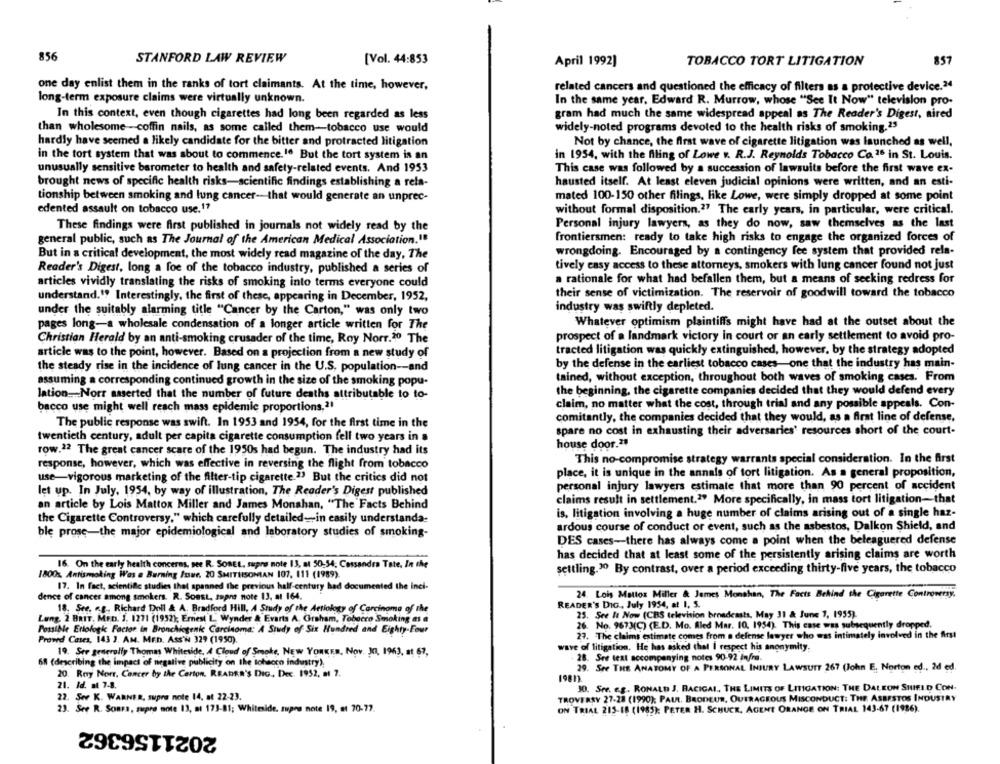
856
STANFORD LAW REVIEW
[Vol. 44:853
April 1992)
TOBACCO TORT LITIGATION
857
one day enlist them in the ranks of tort claimants. At the time, however,
related cancers and questioned the efficacy of filters as a protective device.24
long-term exposure claims were virtually unknown.
In the same year, Edward R. Murrow, whose "See It Now" television pro-
In this context, even though cigarettes had long been regarded as less
gram had much the same widespread appeal as The Reader's Digest, aired
than wholesome -coffin nails, as some called them-tobacco use would
widely-noted programs devoted to the health risks of smoking.23
hardly have seemed a likely candidate for the bitter and protracted litigation
Not by chance, the first wave of cigarette litigation was launched as well,
in the tort system that was about to commence.16 But the tort system is an
in 1954, with the filling of Lowe v. R.J. Reynolds Tobacco Co.16 in St. Louis.
unusually sensitive barometer to health and safety-related events. And 1953
This case was followed by a succession of lawsuits before the first wave ex-
brought news of specific health risks-scientific findings establishing a rela-
hausted itself. At least eleven judicial opinions were written, and an esti-
tionship between smoking and lung cancer-that would generate an unprec-
mated 100-150 other filings, like Lowe, were simply dropped at some point
edented assault on tobacco use.1?
without formal disposition.27 The early years, in particular, were critical.
These findings were first published in journals not widely read by the
Personal injury lawyers, as they do now, saw themselves as the last
frontiersmen: ready to take high risks to engage the organized forces of
general public, such as The Journal of the American Medical Association.""
wrongdoing. Encouraged by a contingency fee system that provided rela-
But in a critical development, the most widely read magazine of the day, The
tively easy access to these attorneys, smokers with lung cancer found not just
Reader's Digest, long a foe of the tobacco industry, published a series of
a rationale for what had befallen them, but a means of seeking redress for
articles vividly translating the risks of smoking into terms everyone could
understand." Interestingly, the first of these, appearing in December, 1952,
their sense of victimization. The reservoir of goodwill toward the tobacco
under the suitably alarming title "Cancer by the Carton," was only two
industry was swiftly depleted.
pages long-a wholesale condensation of a longer article written for The
Whatever optimism plaintiffs might have had at the outset about the
prospect of a landmark victory in court or an early settlement to avoid pro-
Christian Herald by an anti-smoking crusader of the time, Roy Norr.20 The
tracted litigation was quickly extinguished, however, by the strategy adopted
article was to the point, however. Based on a projection from a new study of
the steady rise in the incidence of lung cancer in the U.S. population -- and
by the defense in the earliest tobacco cases-one that the industry has main-
assuming a corresponding continued growth in the size of the smoking popu-
tained, without exception, throughout both waves of smoking cases. From
lation ... Norr asserted that the number of future deaths attributable to to-
the beginning, the cigarette companies decided that they would defend every
claim, no matter what the cost, through trial and any possible appeals. Con-
bacco use might well reach mass epidemic proportions,21
comitantly, the companies decided that they would, as a first line of defense.
The public response was swift. In 1953 and 1954, for the first time in the
spare no cost in exhausting their adversaries' resources short of the court-
twentieth century, adult per capita cigarette consumption fell two years in a
house door.21
row.22 The great cancer scare of the 1950s had begun. The industry had its
warrants speci
l consideration. In the first
response, however, which was effective in reversing the flight from tobacco
This no-compromise strategy
use-vigorous marketing of the filter-tip cigarette.23 But the critics did not
place, it is unique in the annals of tort litigation. As a general proposition,
personal injury lawyers estimate that more than 90 percent of accident
let up. In July, 1954, by way of illustration, The Reader's Digest published
an article by Lois Mattox Miller and James Monahan, "The Facts Behind
claims result in settlement.2" More specifically, in mass tort litigation-that
the Cigarette Controversy." which carefully detailed-in easily understanda-
is, litigation involving a huge number of claims arising out of a single haz-
ardous course of conduct or event, such as the asbestos, Dalkon Shield, and
ble prosc-the major epidemiological and laboratory studies of smoking-
DES cases-there has always come a point when the beleaguered defense
has decided that at least some of the persistently arising claims are worth
16. On the early health concerns, see R. SOBEL, supro note 13, at 50-34; Cassandra Tate. In the
settling.30 By contrast, over a period exceeding thirty-five years, the tobacco
1800s. Antismoking Was a Burning /tue, 20 SMITHSONIAN 107, 111 (1989).
17. In fact, scientific studies thet spanned the previous half-century had documented the inci-
dence of cancer among smokers. R. Sonst, supne note 13, at 164.
24. Lois Mattos Miller & James Monshan, The Facts Behind the Cigarette Controversy.
READER'S DIG ., July 1954, at 1, 5.
18. See. a.g ., Richard Doll & A. Bradford Hill, A Study of the Aetiology of Carcinoma of the
Lung, 2 BRIT, MED. 3. 1271 (1952); Ernest L. Wynder & Evarts A. Graham, Tobacco Smoking as a
25. See It Now (CBS television broadcasts, May 31 & June 7, 1955).
26. No. 9673(C) (E.D. Mo. fled Mar. 10. 1954). This case was subsequently dropped.
Possible Etiologic Factor in Bronchicgenic Carcinoma: A Study of Six Hundred and Eighty-Four
27. The claims estimate comes from a defense lawyer who was intimately involved in the first
Prowd Cases, 143 3. AM. MED. ASS'W 329 (1950).
wave of litigation. He has asked that I respect his anonymity.
19. See generally Thomas Whiteside, A Cloud of Smoke, NEW YORKER, Nov. J0, 1963, at 67,
28. See text accompanying notes 90-92 infra.
68 (describing the impact of negative publicity on the tobacco industry).
20. Roy Norr, Cancer by the Carton. READER'S DIG, Dec. 1952, at 7.
29. See THE ANATOMY OF A PERSONAL INJURY LAWSUIT 267 (John E. Norton ed ., 2d ed.
1981).
21. Id. at 7-8.
30. Sre. e.g. RONALD J. BACIGAL, THE LIMITS OF LITIGATION: THE DALEON SHIELD CON-
22. Ser K. WARNER, supre note 14, at 22-23.
TROVERSY 27-28 (1990); PAUL. BRODEUR, OUTRAGEOUS MISCONDUCT: THE ASBESTOS INDUSTRY
23. See R. Sonra, supre note 13, at 173-81; Whiteside, aprs note 19, at 70-77.
ON TRIAL 215-18 (1985); PETER H. SCHUCK, AGENT ORANGE ON TRIAL 143-67 (1986).
2021156362